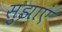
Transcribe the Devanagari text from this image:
सुझाएं